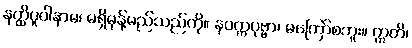
နတ္ထိပူဝါနာမ၊ မရှိမုန့်မည်သည်ကို။ နပက္ကပုဗ္ဗာ၊ မကြော်စဘူး။ ဣတိ၊